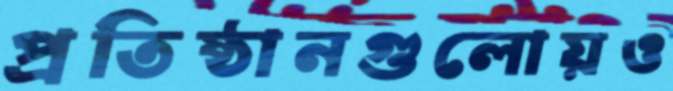
প্রতিষ্ঠানগুলোয়ও